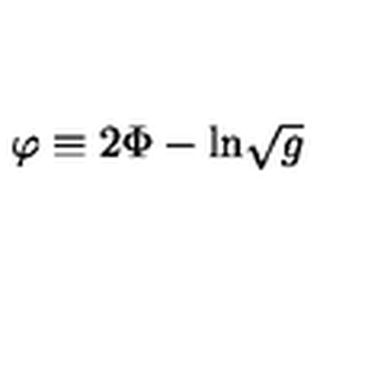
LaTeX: \varphi \equiv 2 \Phi - \mathrm { l n } \sqrt { g }